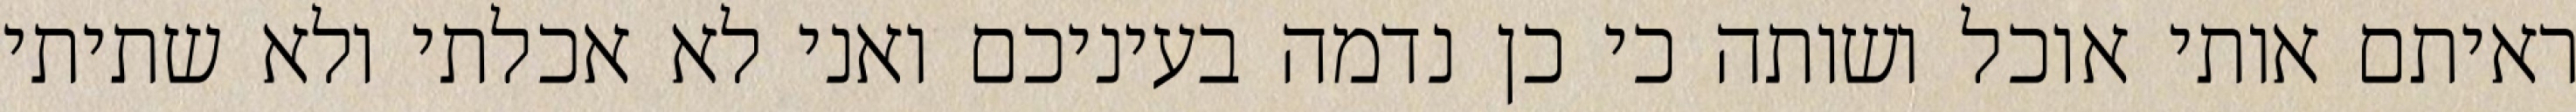
ראיתם אותי אוכל ושותה כי כן נדמה בעיניכם ואני לא אכלתי ולא שתיתי